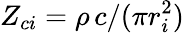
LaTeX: Z_{ci}=\rho\, c/(\pi r_{i}^{2})